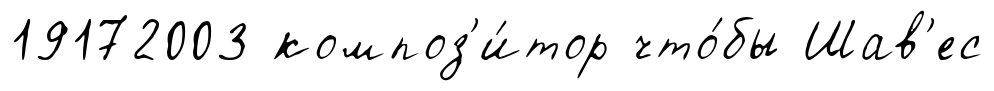
19172003 композ'и́тор что́бы Шав'ес